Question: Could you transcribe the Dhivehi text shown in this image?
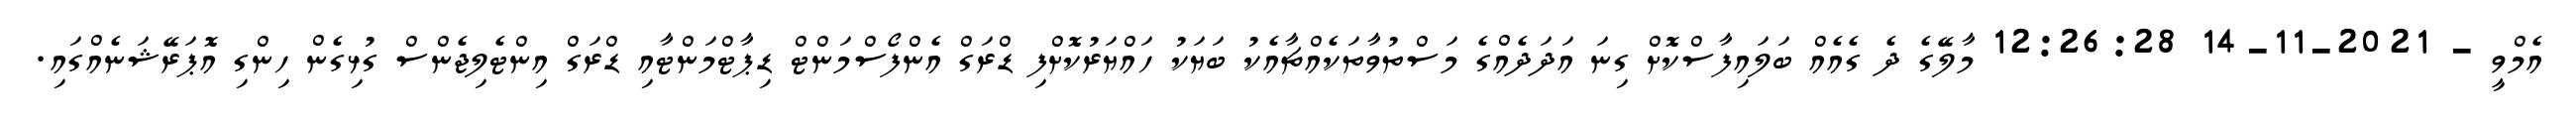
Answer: އެމްވީ - 2021-11-14 12:26:28 މާލޭގެ ދެ ގެއެއް ބަލައިފާސްކޮށް ގިނަ އަދަދެއްގެ މަސްތުވާތަކެއްޗާއެކު ބަޔަކު ހައްޔަރުކޮށްފި ޑްރަގް އެންފޯސްމަންޓް ޑިޕާޓްމަންޓާއި ޑްރަގް އިންޓެލިޖެންސް ގުޅިގެން ހިންގި އޮޕަރޭޝަނެއްގައި.